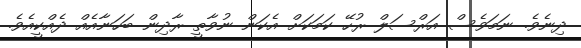
ދިނެވެ. ނަމަވެސް އަރްސަލް ރުހޭ ކަމަކަށް އެކަން ނުވާތީ ރާދިން ބަހަނާއެއް ދެއްކީއެވެ.